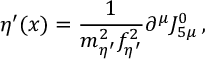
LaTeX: \eta ^ { \prime } ( x ) = { \frac { 1 } { m _ { \eta ^ { \prime } } ^ { 2 } f _ { \eta ^ { \prime } } ^ { 2 } } } \partial ^ { \mu } J _ { 5 \mu } ^ { 0 } \, ,